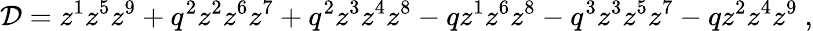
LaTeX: {\cal D}=z^{1}z^{5}z^{9}+q^{2}z^{2}z^{6}z^{7}+q^{2}z^{3}z^{4}z^{8}-qz^{1}z^{6}z^{8}-q^{3}z^{3}z^{5}z^{7}-qz^{2}z^{4}z^{9}\ ,